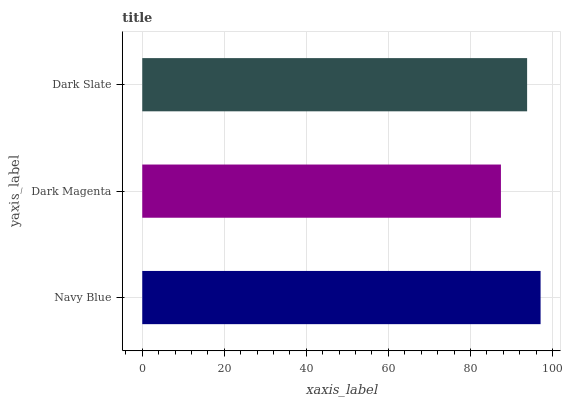
| yaxis_label | bars |
 | --- | --- |
 | Navy Blue | 97.1 |
 | Dark Magenta | 87.4 |
 | Dark Slate | 93.8 |